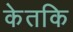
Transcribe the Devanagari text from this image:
केतकि